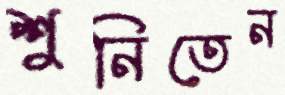
শুনিতেন